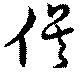
俟